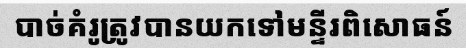
បាច់គំរូត្រូវបានយកទៅមន្ទីរពិសោធន៍